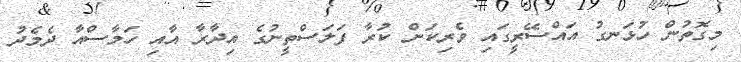
މިގޮތުން ހުޅަނގު އައްސޭރީގައި ވެރިކަން ކުރާ ފަލަސްތީނުގެ އިދާރާ އާއި ހަމާސްއާ ދެމެދު